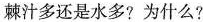
棘汁多还是水多？为什么？